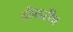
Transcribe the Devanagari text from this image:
हीनरीच